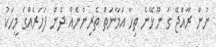
ނުން ރާއްޖޭ ގަ ނޫޅޭނެ ތިހާ އަމާނަތް ތެރިންނެއް ދެން ފަހަރެއްގަ މީހަކު